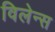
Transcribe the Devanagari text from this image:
विलेन्स